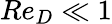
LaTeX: \textit{Re}_{D}\ll 1